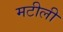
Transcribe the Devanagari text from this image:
मटीली